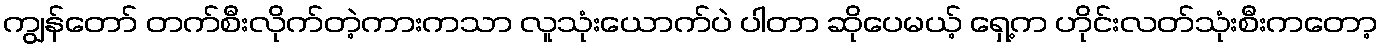
ကျွန်တော် တက်စီးလိုက်တဲ့ကားကသာ လူသုံးယောက်ပဲ ပါတာ ဆိုပေမယ့် ရှေ့က ဟိုင်းလတ်သုံးစီးကတော့